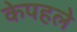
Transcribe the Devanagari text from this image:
केपहले